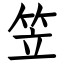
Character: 笠